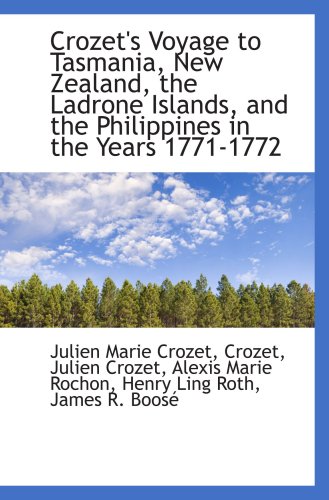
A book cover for Crozet's Voyage to Tasmania, New Zealand, the Ladrone Islands, and the Philippines in the Years 1771; Julien Marie Crozet; History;